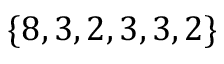
\{ 8 , 3 , 2 , 3 , 3 , 2 \}